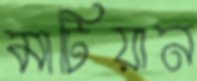
মাটিয়ান